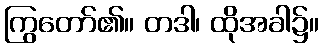
ကြွတော်၏။ တဒါ၊ ထိုအခါ၌။